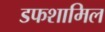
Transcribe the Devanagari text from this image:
डफशामिल